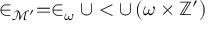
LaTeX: \in _ { { \mathcal { M } } ^ { \prime } } = \in _ { \omega } \cup < \cup \, ( \omega \times \mathbb { Z } ^ { \prime } )